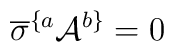
\overline{\sigma }^{\{a}{\cal A}^{b\}}=0